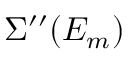
\Sigma ^ { \prime \prime } ( E _ { m } )